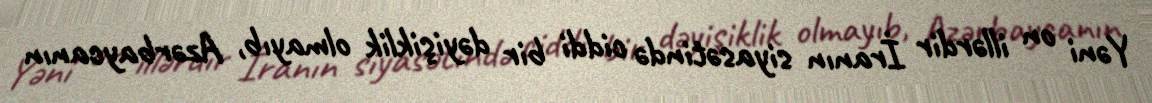
Yəni on illərdir İranın siyasətində ciddi bir dəyişiklik olmayıb, Azərbaycanın